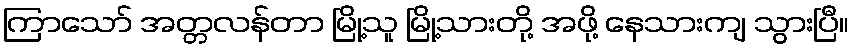
ကြာသော် အတ္တလန်တာ မြို့သူ မြို့သားတို့ အဖို့ နေသားကျ သွားပြီ။